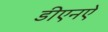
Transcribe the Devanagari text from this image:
डीएनऐ